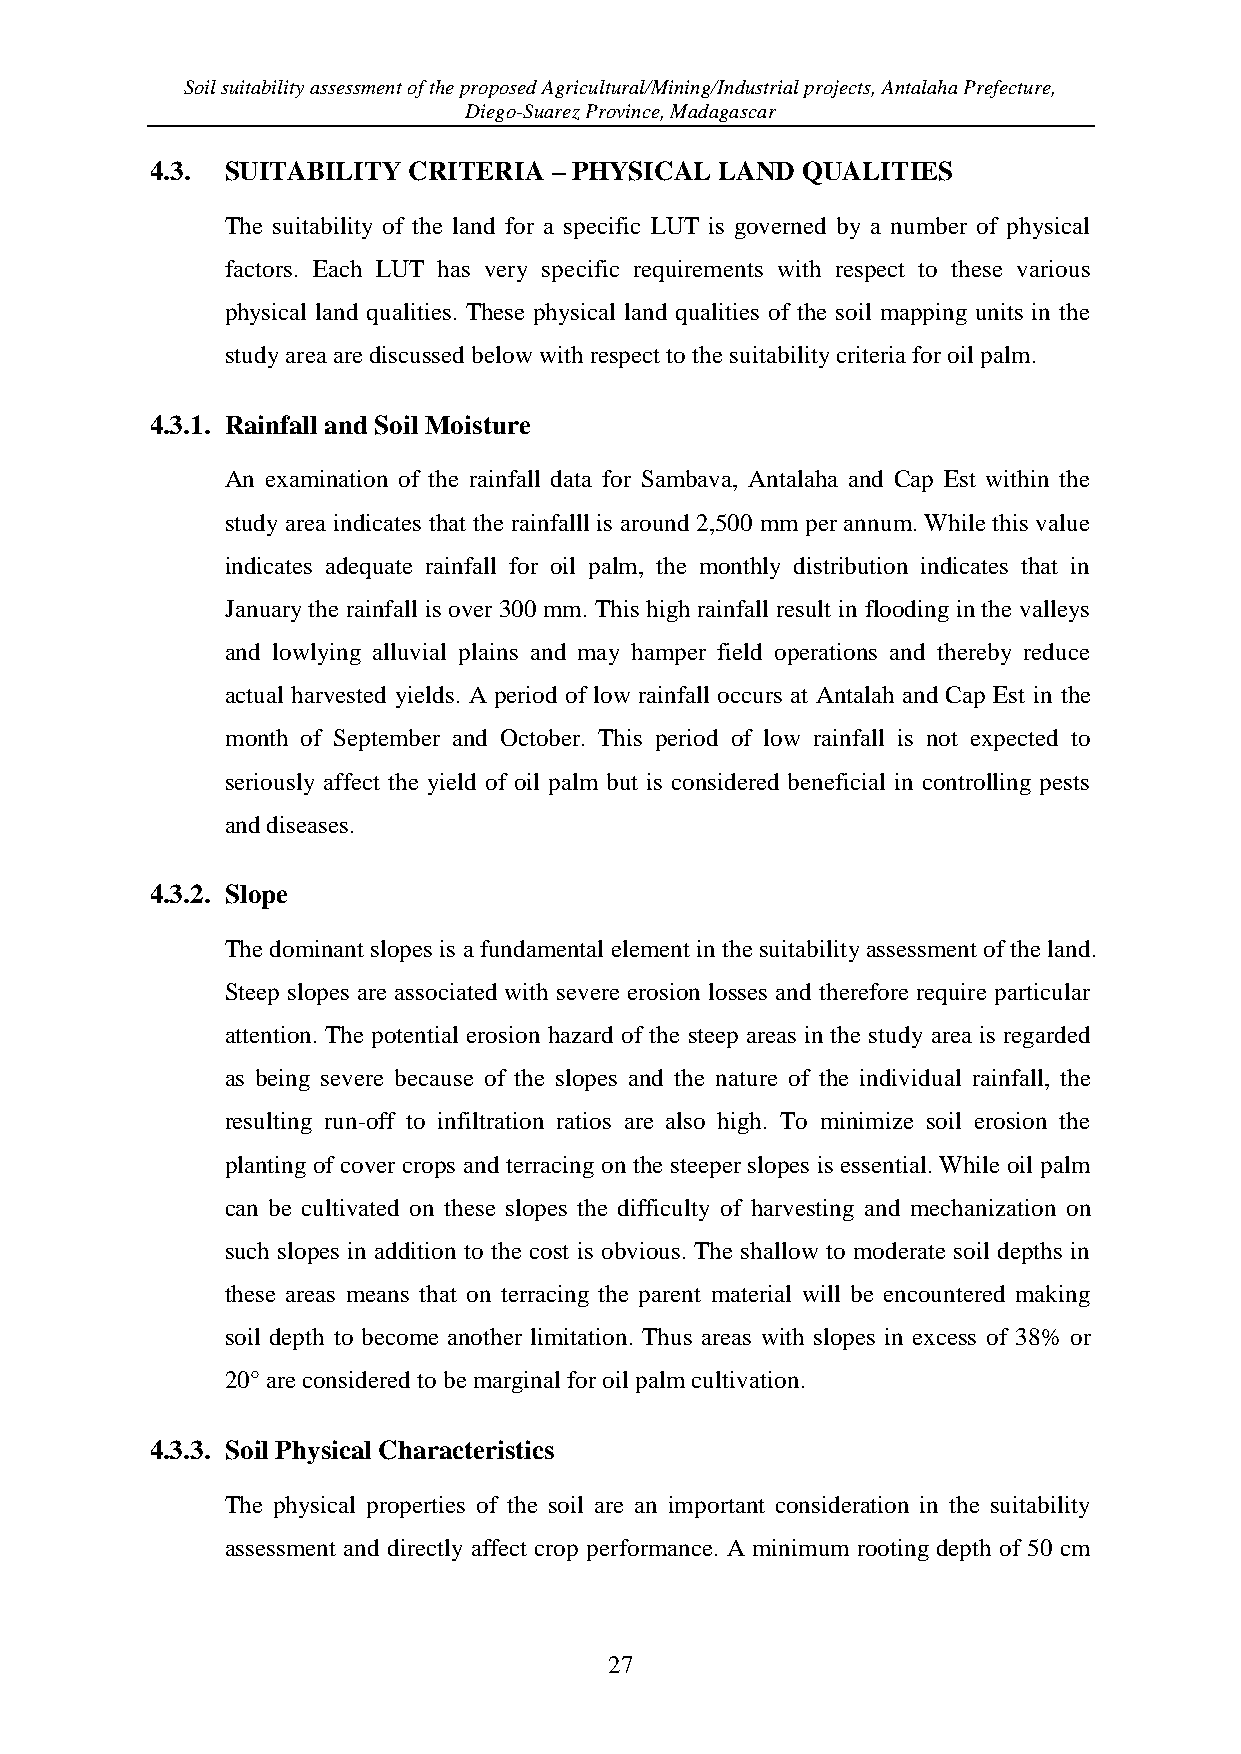
Soil suitability assessment of the proposed Agricultural/Mining/Industrial projects, Antalaha Prefecture,
 Diego-Suarez Province, Madagascar
 4.3. SUITABILITY CRITERIA  – PHYSICAL LAND QUALITIES
 The suitability of the land for a specific LUT is governed by a number of physical
 factors. Each LUT has very specific requirements with respect to these various
 physical land qualities. These physical land qualities of the soil mapping units in the
 study area are discussed below with respect to the suitability criteria for oil palm.
 4.3.1. Rainfall and Soil Moisture
 An examination of the rainfall data for Sambava, Antalaha and Cap Est within the
 study area indicates that the rainfalll is around 2,500 mm per annum. While this value
 indicates adequate rainfall for oil palm, the monthly distribution indicates that in
 January the rainfall is over 300 mm. This high rainfall result in flooding in the valleys
 and lowlying alluvial plains and may hamper field operations and thereby reduce
 actual harvested yields. A period of low rainfall occurs at Antalah and Cap Est in the
 month of September and October. This period of low rainfall is not expected to
 seriously affect the yield of oil palm but is considered beneficial in controlling pests
 and diseases.
 4.3.2. Slope
 The dominant slopes is a fundamental element in the suitability assessment of the land.
 Steep slopes are associated with severe erosion losses and therefore require particular
 attention. The potential erosion hazard of the steep areas in the study area is regarded
 as being severe because of the slopes and the nature of the individual rainfall, the
 resulting run-off to infiltration ratios are also high. To minimize soil erosion the
 planting of cover crops and terracing on the steeper slopes is essential. While oil palm
 can be cultivated on these slopes the difficulty of harvesting and mechanization on
 such slopes in addition to the cost is obvious. The shallow to moderate soil depths in
 these areas means that on terracing the parent material will be encountered making
 soil depth to become another limitation. Thus areas with slopes in excess of 38% or
 20° are considered to be marginal for oil palm cultivation.
 4.3.3. Soil Physical Characteristics
 The physical properties of the soil are an important consideration in the suitability
 assessment and directly affect crop performance. A minimum rooting depth of 50 cm
 27